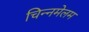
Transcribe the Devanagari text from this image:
चिन्नमेलम